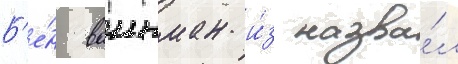
Б'е́н ваинман и́з назва́л